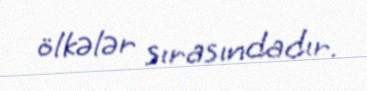
ölkələr sırasındadır.